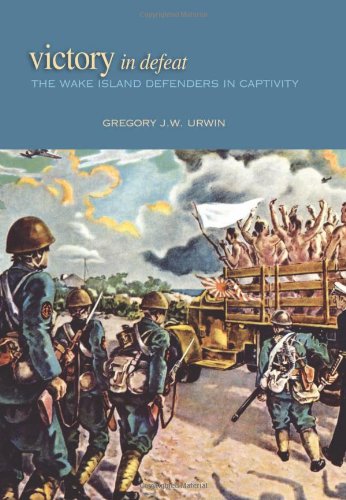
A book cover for Victory in Defeat: The Wake Island Defenders in Captivity, 1941-1945; Gregory J.W. Urwin; History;